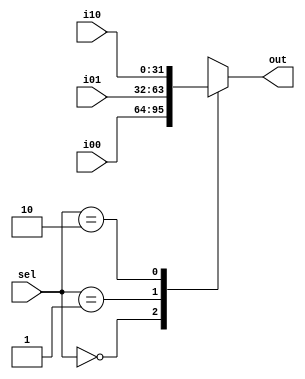
//========== 3-to-1 Multiplexer ==========//
module mux3to1(
	input [1:0] sel,	//input select
	input [31:0] i00,	//input 0
	input [31:0] i01,	//input 1
	input [31:0] i10,	//input 2
	output reg [31:0] out	//output
	);

always @* begin
	case (sel)
		2'b00 : out = i00;	//select input 0
		2'b01 : out = i01;	//select input 1
		2'b10 : out = i10;	//select input 2
		default : out = 'bx;
	endcase
end

endmodule